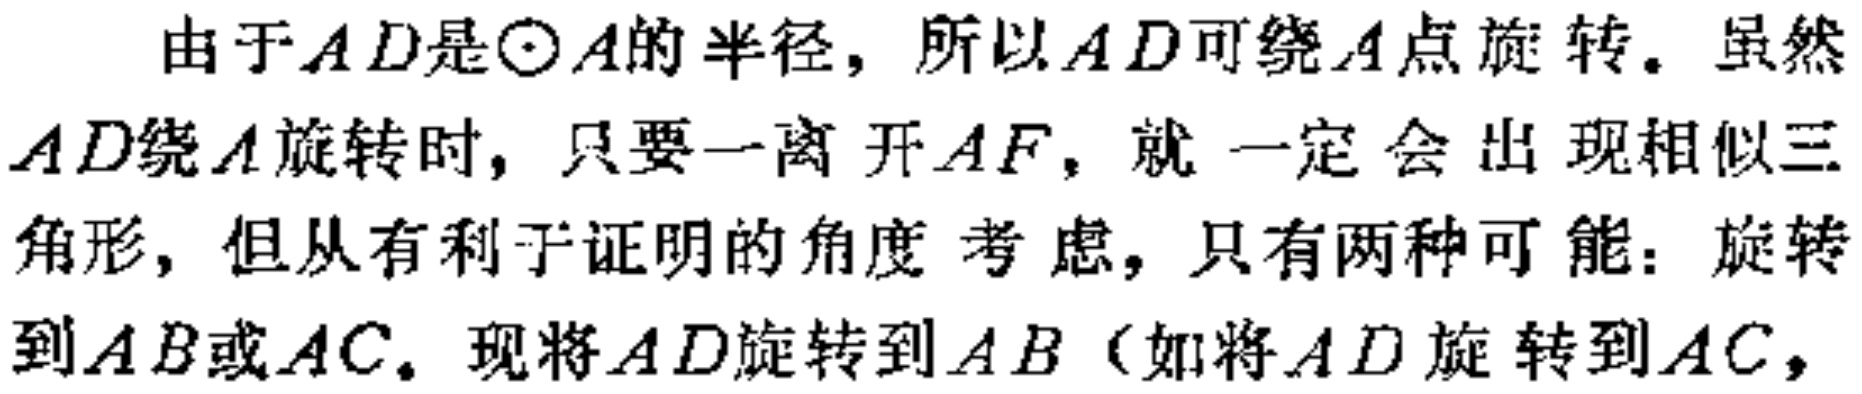
由于 \(AD\) 是 \(\odot A\) 的半径，所以 \(AD\) 可绕 \(A\) 点旋转。虽然 \(AD\) 绕 \(A\) 旋转时，只要一离开 \(AF\)，就一定会出现相似三角形，但从有利于证明的角度考虑，只有两种可能：旋转到 \(AB\) 或 \(AC\)。现将 \(AD\) 旋转到 \(AB\)（如将 \(AD\) 旋转到 \(AC\)，